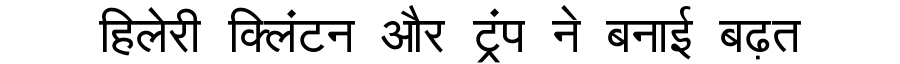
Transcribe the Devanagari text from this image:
हिलेरी क्लिंटन और ट्रंप ने बनाई बढ़त